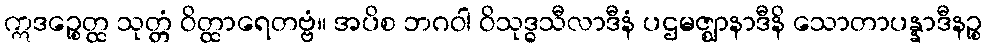
ဣဒဉ္စေတ္ထ သုတ္တံ ဝိတ္ထာရေတဗ္ဗံ။ အပိစ ဘဂဝါ ဝိသုဒ္ဓသီလာဒီနံ ပဌမဇ္ဈာနာဒီနိ သောတာပန္နာဒီနဉ္စ